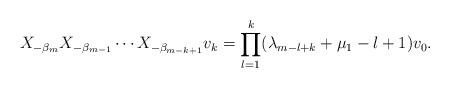
LaTeX: \begin{align*} X_{- \beta _m } X_{- \beta _{m-1} } \cdots X_{- \beta _{m-k+1} } v_k = \prod_{l=1}^{k} ( \lambda _{m-l+k} + \mu _1 -l+1 ) v_0 .\end{align*}